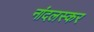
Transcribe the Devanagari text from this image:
नांदलस्कर